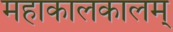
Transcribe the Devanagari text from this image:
महाकालकालम्